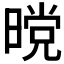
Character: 𭧋